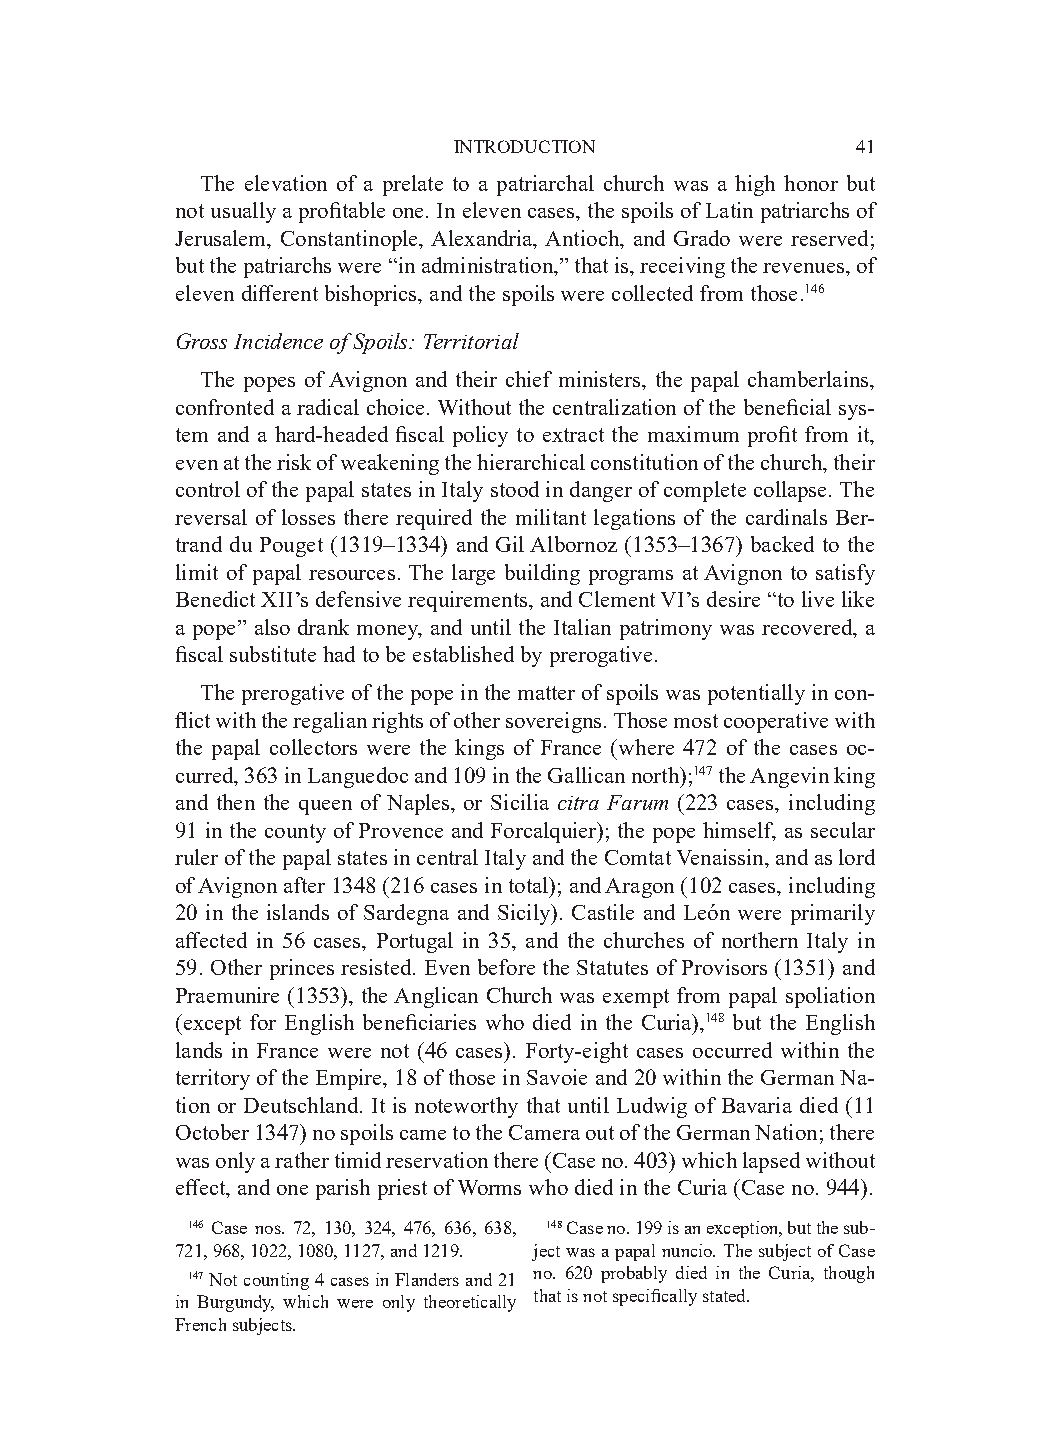
INTRODUCTION               41
 The elevation of a prelate to a patriarchal church was a high honor but
 not usually a profitable one. In eleven cases, the spoils of Latin patriarchs of
 Jerusalem, Constantinople, Alexandria, Antioch, and Grado were reserved;
 but the patriarchs were “in administration,” that is, receiving the revenues, of
 eleven different bishoprics, and the spoils were collected from those.146
 Gross Incidence of Spoils: Territorial
 The popes of Avignon and their chief ministers, the papal chamberlains,
 confronted a radical choice. Without the centralization of the beneficial sys-
 tem and a hard-headed fiscal policy to extract the maximum profit from it,
 even at the risk of weakening the hierarchical constitution of the church, their
 control of the papal states in Italy stood in danger of complete collapse. The
 reversal of losses there required the militant legations of the cardinals Ber-
 trand du Pouget (1319–1334) and Gil Albornoz (1353–1367) backed to the
 limit of papal resources. The large building programs at Avignon to satisfy
 Benedict XII’s defensive requirements, and Clement VI’s desire “to live like
 a pope” also drank money, and until the Italian patrimony was recovered, a
 fiscal substitute had to be established by prerogative.
 The prerogative of the pope in the matter of spoils was potentially in con-
 flict with the regalian rights of other sovereigns. Those most cooperative with
 the papal collectors were the kings of France (where 472 of the cases oc-
 curred, 363 in Languedoc and 109 in the Gallican north);147 the Angevin king
 and then the queen of Naples, or Sicilia citra Farum (223 cases, including
 91 in the county of Provence and Forcalquier); the pope himself, as secular
 ruler of the papal states in central Italy and the Comtat Venaissin, and as lord
 of Avignon after 1348 (216 cases in total); and Aragon (102 cases, including
 20 in the islands of Sardegna and Sicily). Castile and León were primarily
 affected in 56 cases, Portugal in 35, and the churches of northern Italy in
 59. Other princes resisted. Even before the Statutes of Provisors (1351) and
 Praemunire (1353), the Anglican Church was exempt from papal spoliation
 (except for English beneficiaries who died in the Curia),148 but the English
 lands in France were not (46 cases). Forty-eight cases occurred within the
 territory of the Empire, 18 of those in Savoie and 20 within the German Na-
 tion or Deutschland. It is noteworthy that until Ludwig of Bavaria died (11
 October 1347) no spoils came to the Camera out of the German Nation; there
 was only a rather timid reservation there (Case no. 403) which lapsed without
 effect, and one parish priest of Worms who died in the Curia (Case no. 944).
 146 Case nos. 72, 130, 324, 476, 636, 638, 148 Case no. 199 is an exception, but the sub-
 721, 968, 1022, 1080, 1127, and 1219. ject was a papal nuncio. The subject of Case
 147 Not counting 4 cases in Flanders and 21 no. 620 probably died in the Curia, though
 in Burgundy, which were only theoretically that is not specifically stated.
 French subjects.